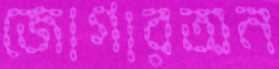
জোগারঅন